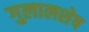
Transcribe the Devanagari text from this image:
गुलालशेष